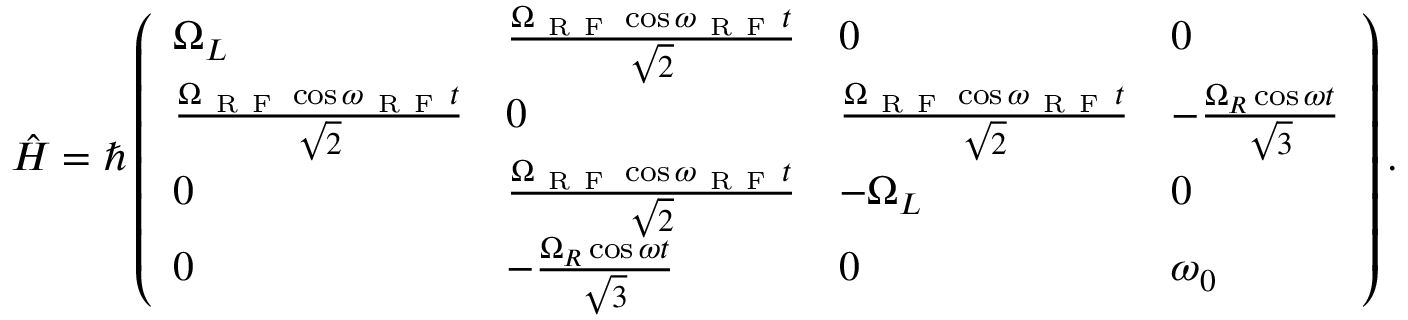
\begin{array} { r } { \hat { H } = \hbar \left( \begin{array} { l l l l } { \Omega _ { L } } & { \frac { \Omega _ { \mathrm { ~ R ~ F ~ } } \cos \omega _ { \mathrm { ~ R ~ F ~ } } t } { \sqrt { 2 } } } & { 0 } & { 0 } \\ { \frac { \Omega _ { \mathrm { ~ R ~ F ~ } } \cos \omega _ { \mathrm { ~ R ~ F ~ } } t } { \sqrt { 2 } } } & { 0 } & { \frac { \Omega _ { \mathrm { ~ R ~ F ~ } } \cos \omega _ { \mathrm { ~ R ~ F ~ } } t } { \sqrt { 2 } } } & { - \frac { \Omega _ { R } \cos \omega t } { \sqrt { 3 } } } \\ { 0 } & { \frac { \Omega _ { \mathrm { ~ R ~ F ~ } } \cos \omega _ { \mathrm { ~ R ~ F ~ } } t } { \sqrt { 2 } } } & { - \Omega _ { L } } & { 0 } \\ { 0 } & { - \frac { \Omega _ { R } \cos \omega t } { \sqrt { 3 } } } & { 0 } & { \omega _ { 0 } } \end{array} \right) . } \end{array}